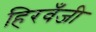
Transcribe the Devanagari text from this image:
हिरवँजी